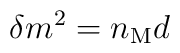
\delta m^{2} = n_{{\rm M}} d